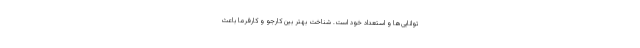
توانایی‌ها و استعداد خود است. شناخت بهتر بین کارجو و کارفرما باعث